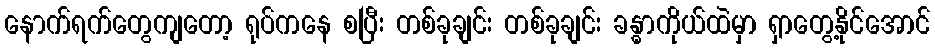
နောက်ရက်တွေကျတော့ ရုပ်ကနေ စပြီး တစ်ခုချင်း တစ်ခုချင်း ခန္ဓာကိုယ်ထဲမှာ ရှာတွေ့နိုင်အောင်